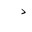
Letter: _dal